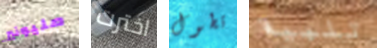
مليونير اخترت تطول تلبية